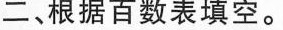
二、根据百数表填空。